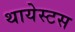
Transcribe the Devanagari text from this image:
थायेस्टस